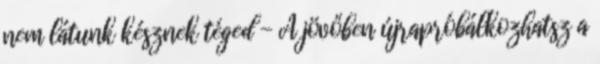
nem látunk késznek téged - A jövőben újrapróbálkozhatsz a